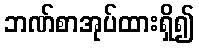
ဘဏ်စာအုပ်ထားရှိ၍